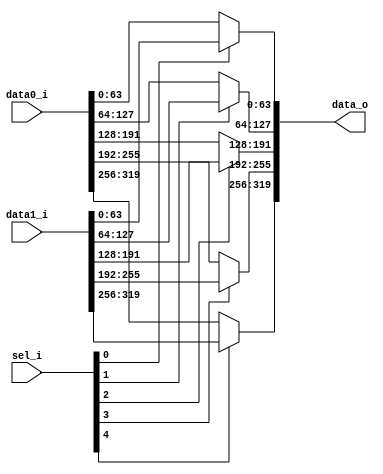
// This program was cloned from: https://github.com/NYU-MLDA/OpenABC
// License: BSD 3-Clause "New" or "Revised" License

module bsg_mux_segmented_segments_p5_segment_width_p64
(
  data0_i,
  data1_i,
  sel_i,
  data_o
);

  input [319:0] data0_i;
  input [319:0] data1_i;
  input [4:0] sel_i;
  output [319:0] data_o;
  wire [319:0] data_o;
  wire N0,N1,N2,N3,N4,N5,N6,N7,N8,N9;
  assign data_o[63:0] = (N0)? data1_i[63:0] : 
                        (N5)? data0_i[63:0] : 1'b0;
  assign N0 = sel_i[0];
  assign data_o[127:64] = (N1)? data1_i[127:64] : 
                          (N6)? data0_i[127:64] : 1'b0;
  assign N1 = sel_i[1];
  assign data_o[191:128] = (N2)? data1_i[191:128] : 
                           (N7)? data0_i[191:128] : 1'b0;
  assign N2 = sel_i[2];
  assign data_o[255:192] = (N3)? data1_i[255:192] : 
                           (N8)? data0_i[255:192] : 1'b0;
  assign N3 = sel_i[3];
  assign data_o[319:256] = (N4)? data1_i[319:256] : 
                           (N9)? data0_i[319:256] : 1'b0;
  assign N4 = sel_i[4];
  assign N5 = ~sel_i[0];
  assign N6 = ~sel_i[1];
  assign N7 = ~sel_i[2];
  assign N8 = ~sel_i[3];
  assign N9 = ~sel_i[4];

endmodule